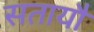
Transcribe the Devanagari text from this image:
सतायौ